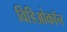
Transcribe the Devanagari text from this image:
विडिओकॉन